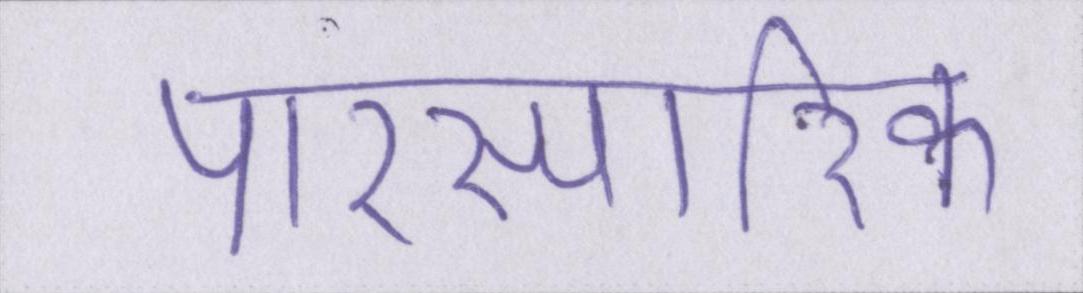
पारस्परिक